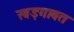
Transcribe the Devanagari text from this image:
खड़गावत